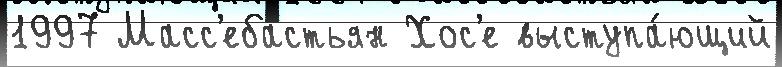
1997 Масс'ебастьян Хос'е выступа́ющий